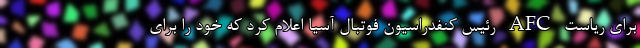
برای ریاست AFC رئیس کنفدراسیون فوتبال آسیا اعلام کرد که خود را برای